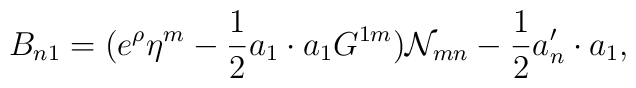
B_{n1}=(e^{\rho}\eta^{m} -{1\over 2} a_1\cdot a_1 G^{1m}){\cal N}_{mn}-{1\over 2}a'_n \cdot a_1,